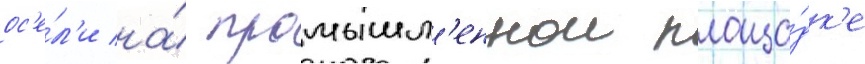
ос'е́л'и на́ промышл'еннои площа́дк'е